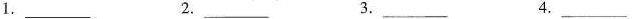
1.___ 2.___ 3.___ 4.___